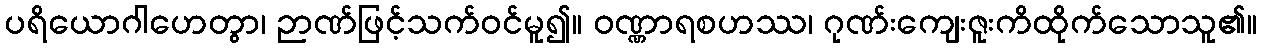
ပရိယောဂါဟေတွာ၊ ဉာဏ်ဖြင့်သက်ဝင်မူ၍။ ဝဏ္ဏာရစဟဿ၊ ဂုဏ်းကျေးဇူးကိထိုက်သောသူ၏။